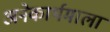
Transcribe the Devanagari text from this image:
अनेकार्थमाला